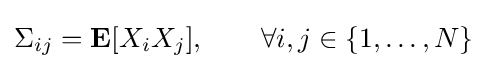
\Sigma _{ij}=\mathbf {E} [X_{i}X_{j}],\qquad \forall i,j\in \{1,\ldots ,N\}